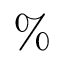
\%